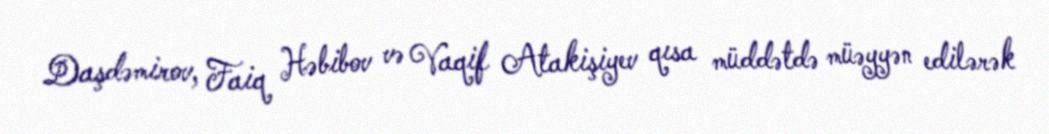
Daşdəmirov, Faiq Həbibov və Vaqif Atakişiyev qısa müddətdə müəyyən edilərək